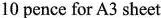
10 pence for A3 sheet